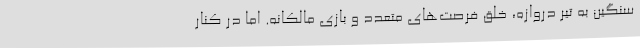
سنگین به تیر دروازه، خلق فرصت‌های متعدد و بازی مالکانه. اما در کنار